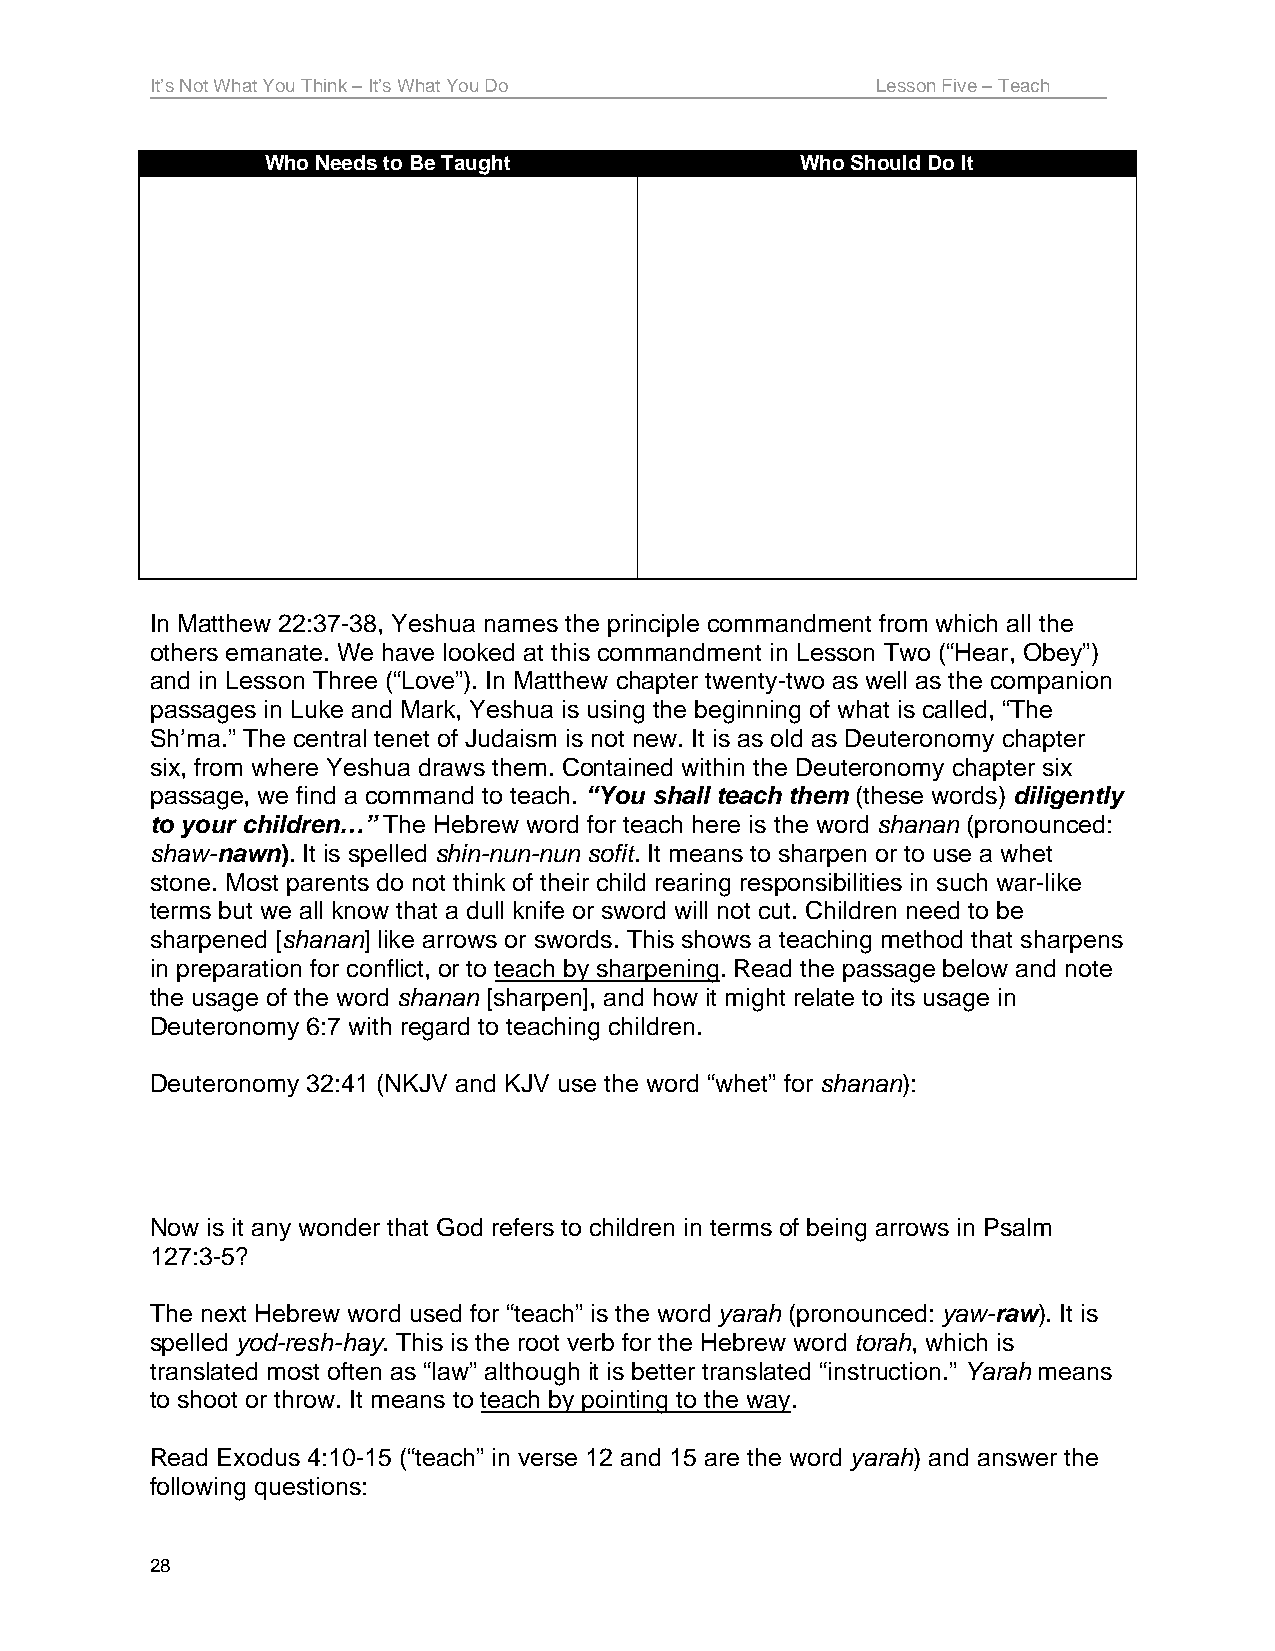
It’s Not What You Think – It’s What You Do      Lesson Five – Teach
 Who Needs to Be Taught             Who Should Do It
 In Matthew 22:37-38, Yeshua names the principle commandment from which all the
 others emanate. We have looked at this commandment in Lesson Two (“Hear, Obey”)
 and in Lesson Three (“Love”). In Matthew chapter twenty-two as well as the companion
 passages in Luke and Mark, Yeshua is using the beginning of what is called, “The
 Sh’ma.” The central tenet of Judaism is not new. It is as old as Deuteronomy chapter
 six, from where Yeshua draws them. Contained within the Deuteronomy chapter six
 passage, we find a command to teach. “You shall teach them (these words) diligently
 to your children…” The Hebrew word for teach here is the word shanan (pronounced:
 shaw-nawn). It is spelled shin-nun-nun sofit. It means to sharpen or to use a whet
 stone. Most parents do not think of their child rearing responsibilities in such war-like
 terms but we all know that a dull knife or sword will not cut. Children need to be
 sharpened [shanan] like arrows or swords. This shows a teaching method that sharpens
 in preparation for conflict, or to teach by sharpening. Read the passage below and note
 the usage of the word shanan [sharpen], and how it might relate to its usage in
 Deuteronomy 6:7 with regard to teaching children.
 Deuteronomy 32:41 (NKJV and KJV use the word “whet” for shanan):
 Now is it any wonder that God refers to children in terms of being arrows in Psalm
 127:3-5?
 The next Hebrew word used for “teach” is the word yarah (pronounced: yaw-raw). It is
 spelled yod-resh-hay. This is the root verb for the Hebrew word torah, which is
 translated most often as “law” although it is better translated “instruction.” Yarah means
 to shoot or throw. It means to teach by pointing to the way.
 Read Exodus 4:10-15 (“teach” in verse 12 and 15 are the word yarah) and answer the
 following questions:
 28